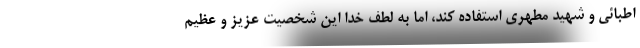
اطبائی و شهید مطهری استفاده کند، اما به لطف خدا این شخصیت عزیز و عظیم